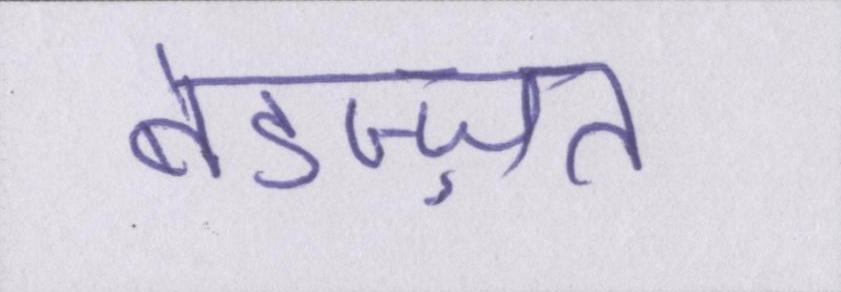
बेइज़्ज़त